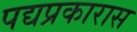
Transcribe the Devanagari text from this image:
पद्यप्रकारास